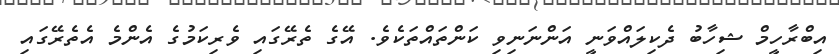
އިބްރާހީމް ޝިހާބު ދެކިލައްވަނީ އަންނަނިވި ކަންތައްތަކެވެ. އޭގެ ތެރޭގައި ވެރިކަމުގެ އެންމެ އެތެރޭގައި